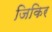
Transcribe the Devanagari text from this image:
जिकिर